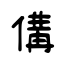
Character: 傋